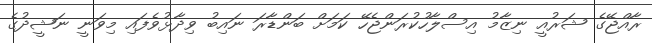
ރާއްޖޭގެ ޝަރުއީ ނިޒާމު އިސްލާހުކުރަންޖެހޭ ކަމަށް ބަންޑާރަ ނައިބު ވިދާޅުވެފައި މިވަނީ ނަޝީދުގެ